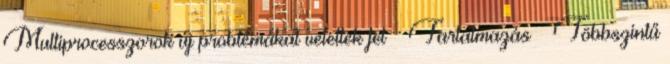
Multiprocesszorok új problémákat vetettek fel ● Tartalmazás – Többszintű